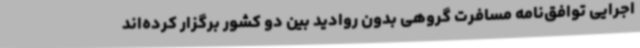
اجرایی توافق‌نامه مسافرت گروهی بدون روادید بین دو کشور برگزار کرده‌اند